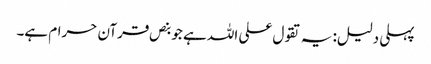
پہلی دلیل: یہ تقول علی اللہ ہے جو بنص قرآن حرام ہے۔